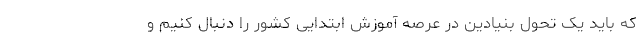
که باید یک تحول بنیادین در عرصه آموزش ابتدایی کشور را دنبال کنیم و